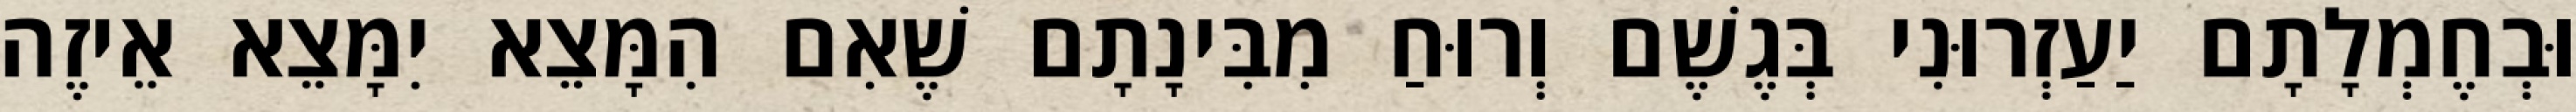
וּבְחֶמְלָתָם יַעַזְרוּנִי בְּגֶשֶׁם וְרוּחַ מִבִּינָתָם שֶׁאִם הִמָּצֵא יִמָּצֵא אֵיזֶה